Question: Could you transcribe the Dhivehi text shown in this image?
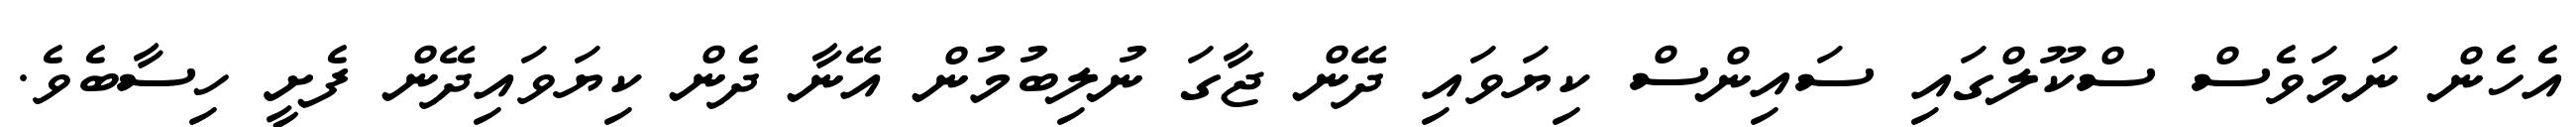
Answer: އެހެން ނަމަވެސް ސްކޫލްގައި ސައިންސް ކިޔަވައި ދޭން ޖާގަ ނުލިބުމުން އޭނާ ދެން ކިޔަވައިދޭން ފެށީ ހިސާބެވެ.